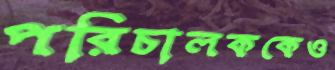
পরিচালককেও